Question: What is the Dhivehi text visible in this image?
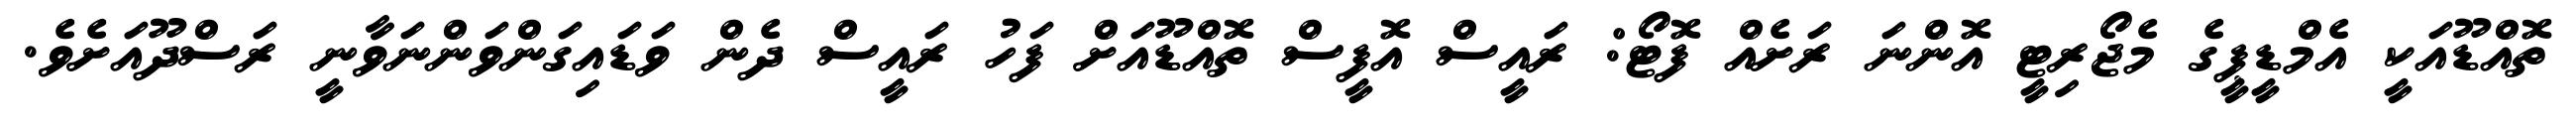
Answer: ތޮއްޑޫއަކީ އެމްޑީޕީގެ މެޖޯރިޓީ އޮންނަ ރަށެއް ފޮޓޯ: ރައީސް އޮފީސް ތޮއްޑޫއަށް ފަހު ރައީސް ދެން ވަޑައިގަންވަންނަވާނީ ރަސްދޫއަށެވެ.